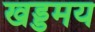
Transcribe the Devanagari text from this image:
खड्डमय